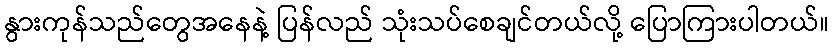
နွားကုန်သည်တွေအနေနဲ့ ပြန်လည် သုံးသပ်စေချင်တယ်လို့ ပြောကြားပါတယ်။